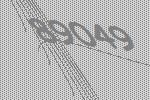
89049